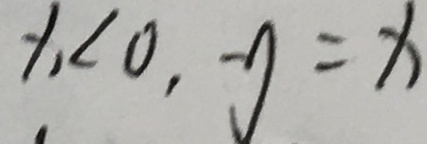
x < 0 , y = x